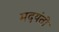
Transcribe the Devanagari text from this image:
मदयंती